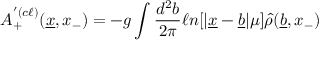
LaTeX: A _ { + } ^ { ^ \prime ( c \ell ) } ( \underline { { { x } } } , x _ { - } ) = - g \int { \frac { d ^ { 2 } b } { 2 \pi } } \ell n [ \vert \underline { { { x } } } - \underline { { { b } } } \vert \mu ] \hat { \rho } ( \underline { { { b } } } , x _ { - } )